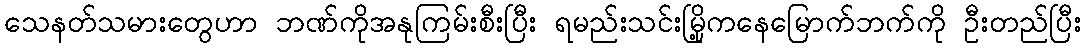
သေနတ်သမားတွေဟာ ဘဏ်ကိုအနုကြမ်းစီးပြီး ရမည်းသင်းမြို့ကနေမြောက်ဘက်ကို ဦးတည်ပြီး